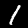
Digit: 1